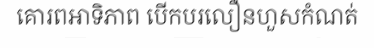
គោរពអាទិភាព បើកបរលឿនហួសកំណត់